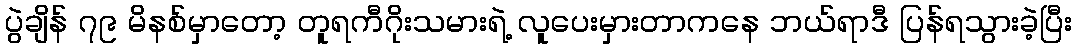
ပွဲချိန် ၇၉ မိနစ်မှာတော့ တူရကီဂိုးသမားရဲ့ လူပေးမှားတာကနေ ဘယ်ရာဒီ ပြန်ရသွားခဲ့ပြီး